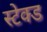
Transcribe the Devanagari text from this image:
स्टेक्ड